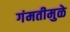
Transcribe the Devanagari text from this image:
गंमतीमुळे